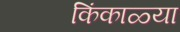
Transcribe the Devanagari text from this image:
किंकाळ्या